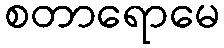
စတာရောမေ